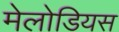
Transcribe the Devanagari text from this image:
मेलोडियस